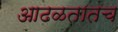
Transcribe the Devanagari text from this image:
आढळतातच